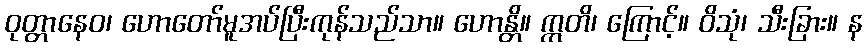
ဝုတ္တာနေဝ၊ ဟောတော်မူအပ်ပြီးကုန်သည်သာ။ ဟောန္တိ။ ဣတိ၊ ကြောင့်။ ဝိသုံ၊ သီးခြား။ န